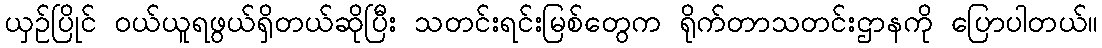
ယှဉ်ပြိုင် ဝယ်ယူရဖွယ်ရှိတယ်ဆိုပြီး သတင်းရင်းမြစ်တွေက ရိုက်တာသတင်းဌာနကို ပြောပါတယ်။